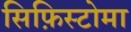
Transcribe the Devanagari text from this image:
सिफ़िस्टोमा